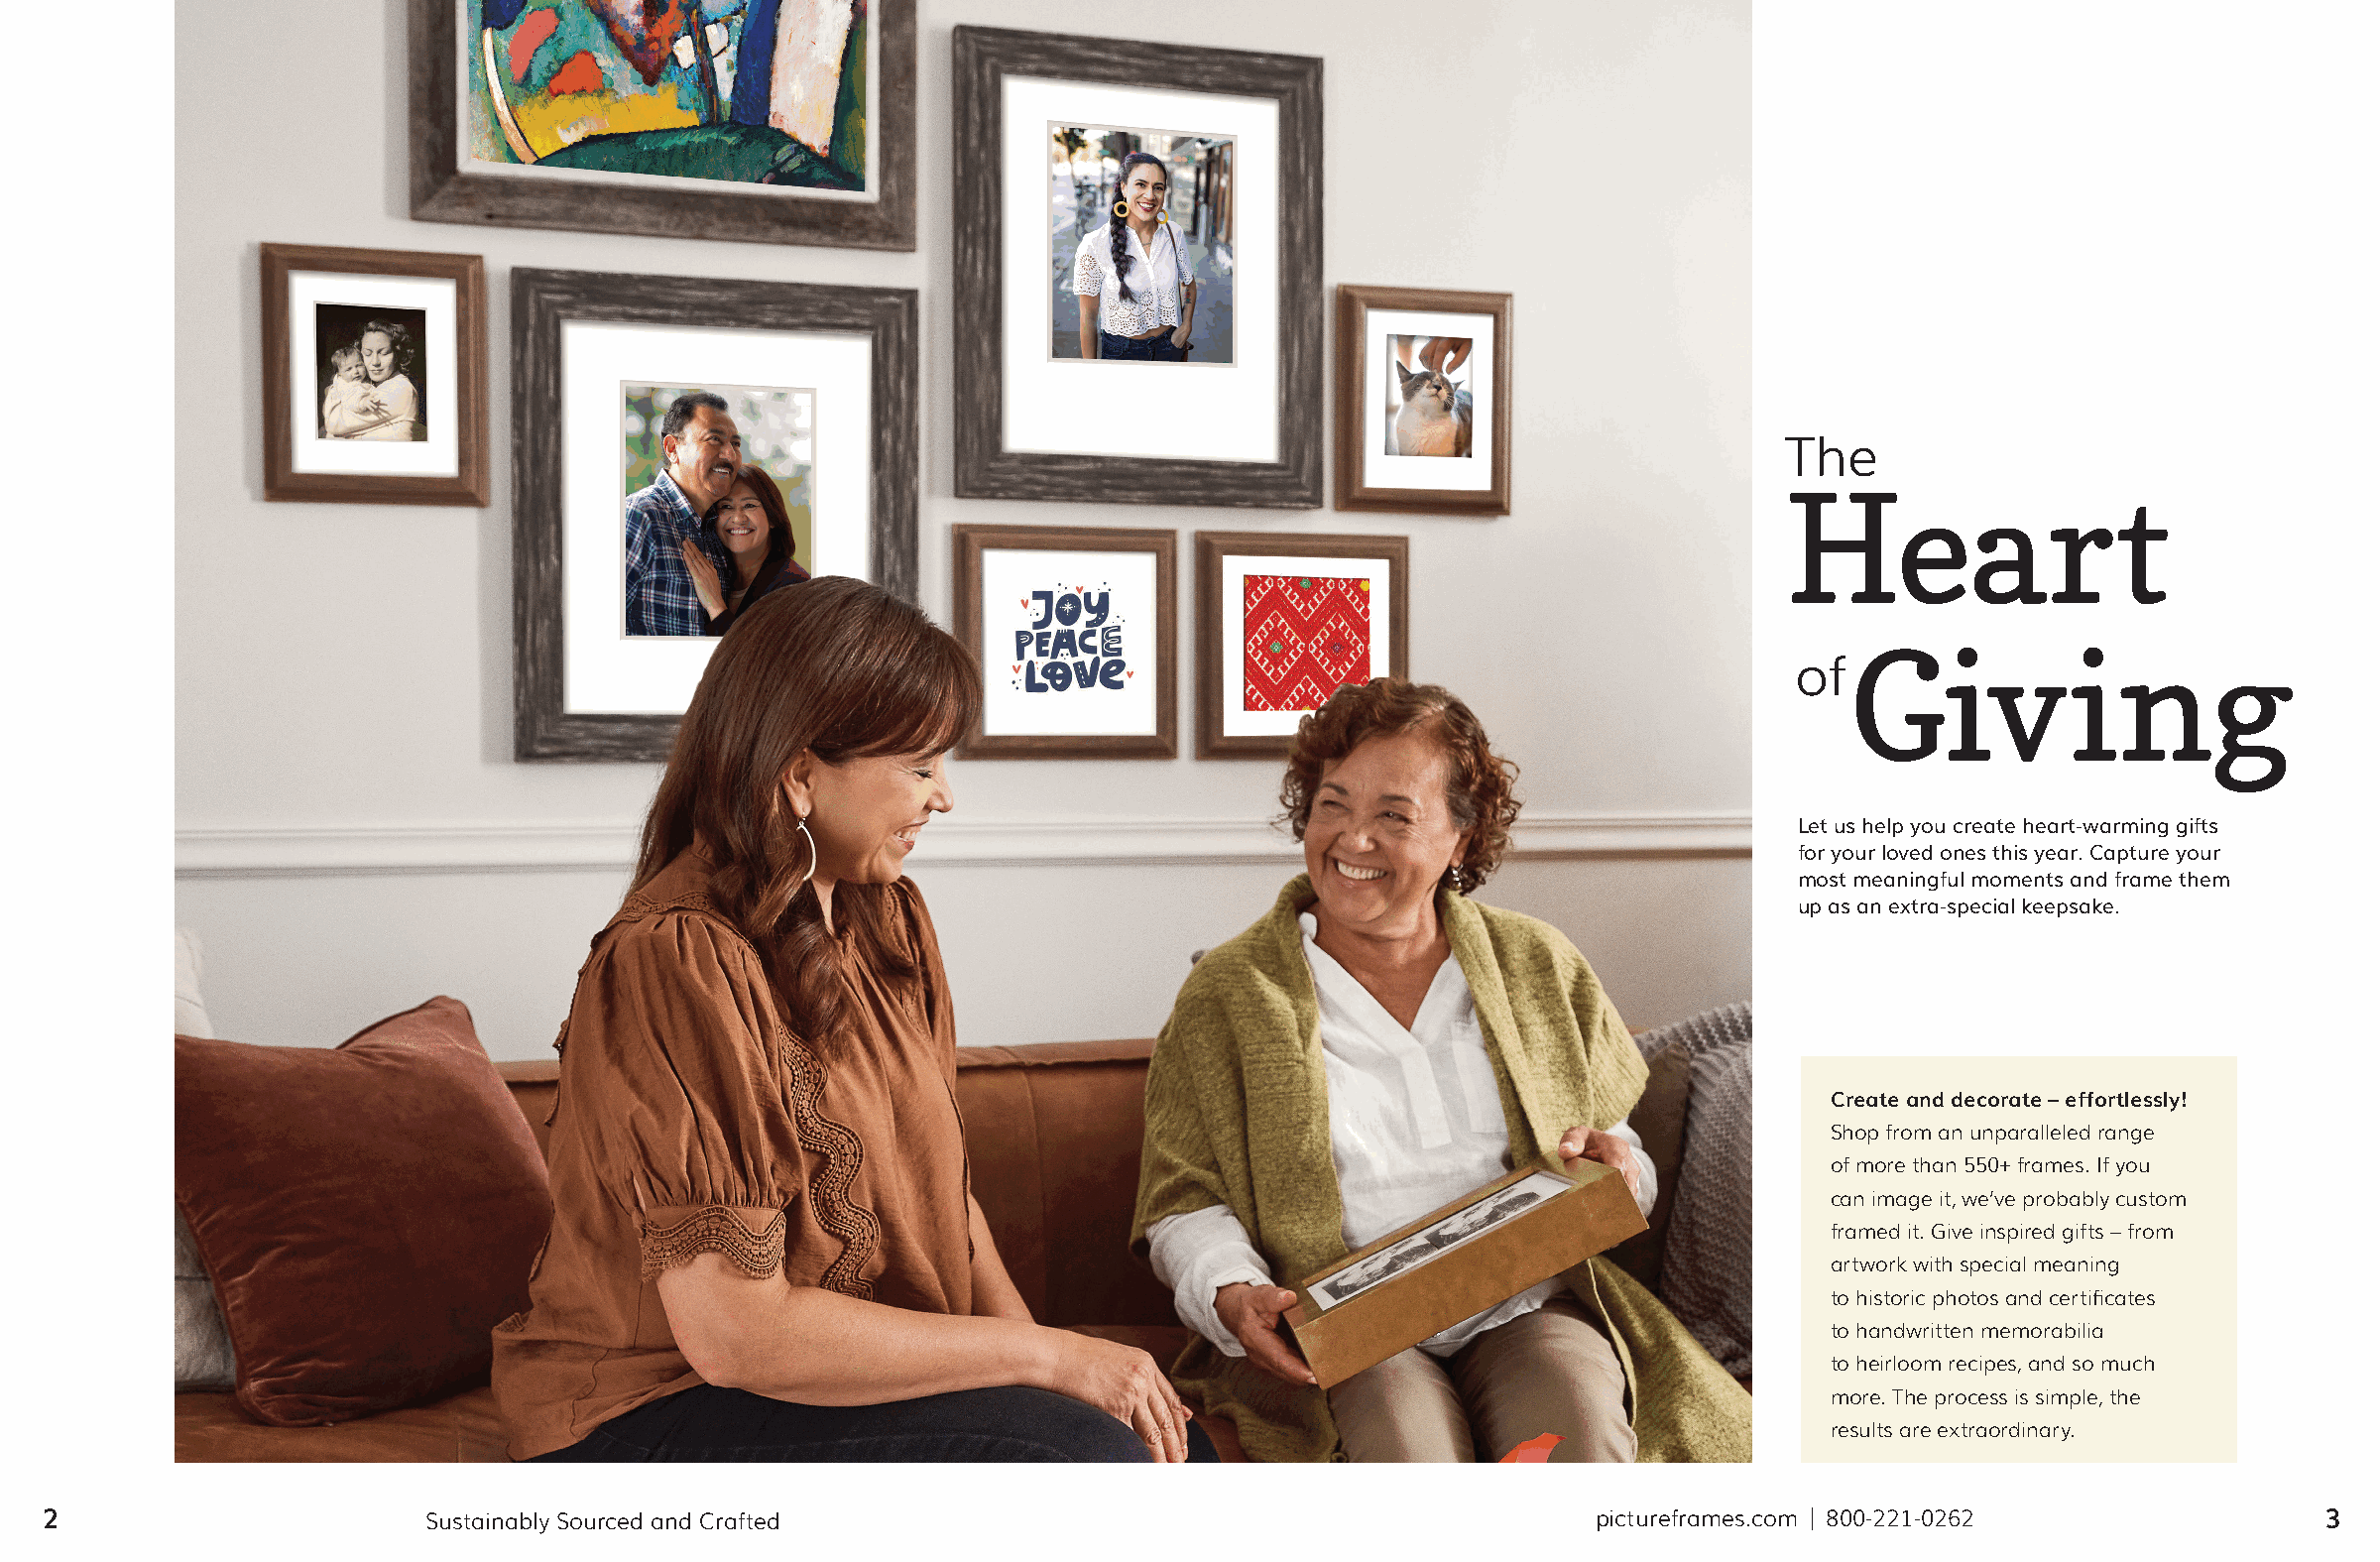
The
 Heart
 Giving
 of
 Let us help you create heart-warming gifts
 for your loved ones this year. Capture your
 most meaningful moments and frame them
 up as an extra-special keepsake.
 Create and decorate – effortlessly!
 Shop from an unparalleled range
 of more than 550+ frames. If you
 can image it, we’ve probably custom
 framed it. Give inspired gifts – from
 artwork with special meaning
 to historic photos and certificates
 to handwritten memorabilia
 to heirloom recipes, and so much
 more. The process is simple, the
 results are extraordinary.
 2                        Sustainably Sourced and Crafted                                                pictureframes.com | 800-221-0262                3